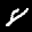
Label: 8